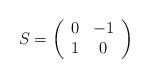
LaTeX: \begin{align*}S=\left( \begin{array}{cc}0 & -1\\1 & 0\end{array}\right)\end{align*}